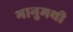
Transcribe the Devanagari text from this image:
भानुमथी